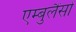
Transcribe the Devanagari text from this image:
एम्बुलैंसों